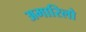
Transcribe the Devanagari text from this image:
अमारिलो